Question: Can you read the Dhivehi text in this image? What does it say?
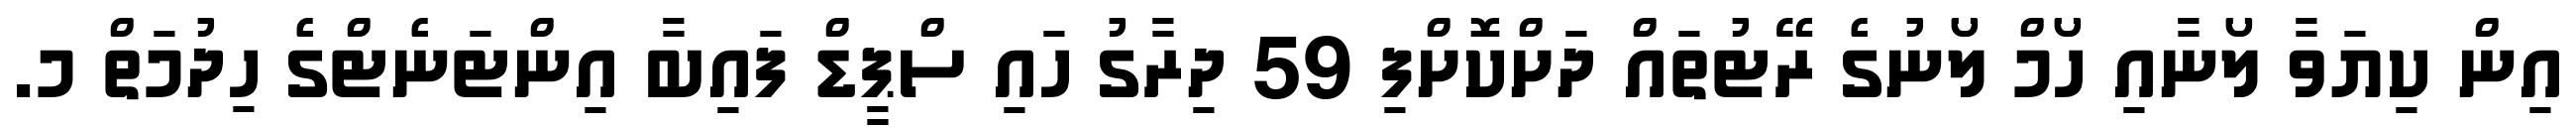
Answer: އިން ކިޔަވާ ލޯނާއި ހޯމް ލޯނުގެ ރޭޓުތައް ދަށްކޮށްފި 59 ދިރާގު ހައި ސްޕީޑް ފައިބާ އިންޓަނެޓްގެ ހިދުމަތް މ.